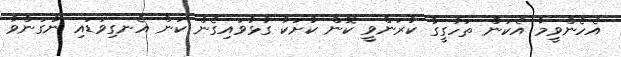
އެހެންވީމާ އެކަން ތަހުގީގު ކުރަންވީ ކޮން ކުށަކާ ގުޅުވައިގެން ކަން އެނގިވަޑައި ނުގަންވާ